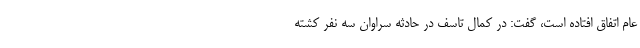
عام ‌اتفاق افتاده است‌، گفت: در کمال تاسف در حادثه سراوان سه نفر کشته